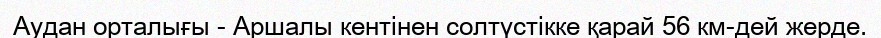
Аудан орталығы - Аршалы кентінен солтүстікке қарай 56 км-дей жерде.